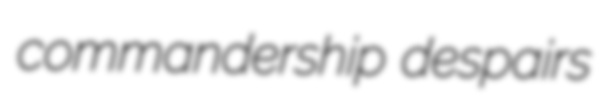
commandership despairs